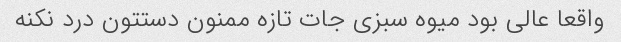
واقعا عالی بود میوه سبزی جات تازه ممنون دستتون درد نکنه